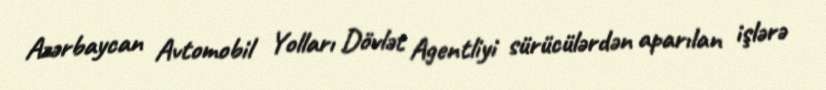
Azərbaycan Avtomobil Yolları Dövlət Agentliyi sürücülərdən aparılan işlərə